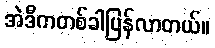
အဲဒီကတစ်ခါပြန်လာတယ်။